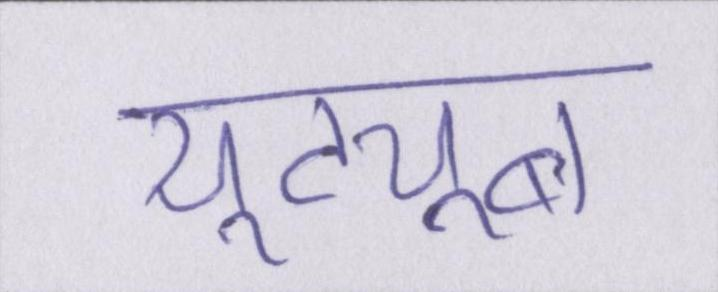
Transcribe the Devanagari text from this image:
यूट्यूब